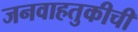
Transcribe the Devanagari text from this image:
जनवाहतुकीची